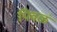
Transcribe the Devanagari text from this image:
पिवळं